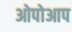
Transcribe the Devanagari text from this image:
ओपोआप